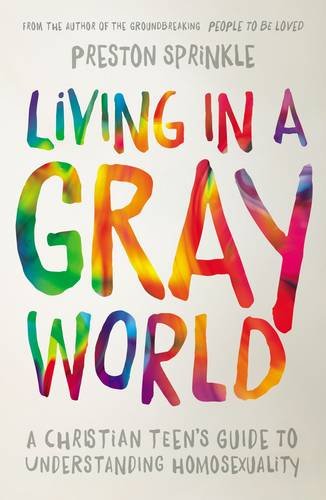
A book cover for Living in a Gray World: A Christian Teen's Guide to Understanding Homosexuality; Preston Sprinkle; Teen & Young Adult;